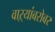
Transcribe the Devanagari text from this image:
वाऱ्यांबरोबर